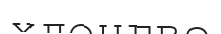
хленгве